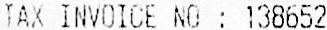
TAX INVOICE NO : 138652